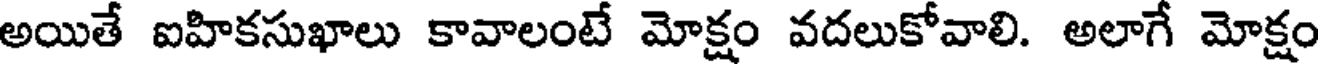
అయితే ఐహికసుఖాలు కావాలంటే మోక్షం వదలుకోవాలి. అలాగే మోక్షం